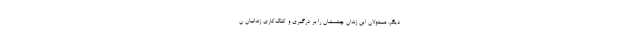
دیگر، مسئولان این زندان چشمشان را بر درگیری و کتک‌کاری زندانیان ن